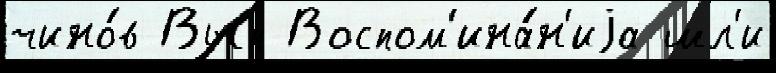
чино́в Вып Воспом'ина́н'иjа шл'и